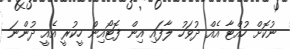
ނުކޮށް ހުއްޓާ އެއް ދުވަހު ލާފައި އިން ފޮޓޯއިން ހީކުރީ އެއީ ދުންނަ